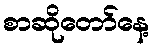
စာဆိုတော်နေ့